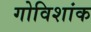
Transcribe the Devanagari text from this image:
गोविशांक